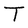
Character: T